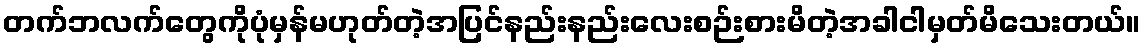
တက်ဘလက်တွေကိုပုံမှန်မဟုတ်တဲ့အပြင်နည်းနည်းလေးစဉ်းစားမိတဲ့အခါငါမှတ်မိသေးတယ်။